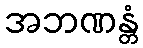
အဘဏန္တံ